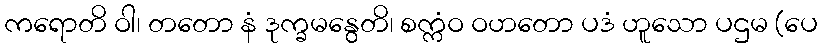
ကရောတိ ဝါ၊ တတော နံ ဒုက္ခမနွေတိ၊ စက္ကံဝ ဝဟတော ပဒံ ဟူသော ပဌမ (ပေ